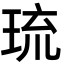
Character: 琉